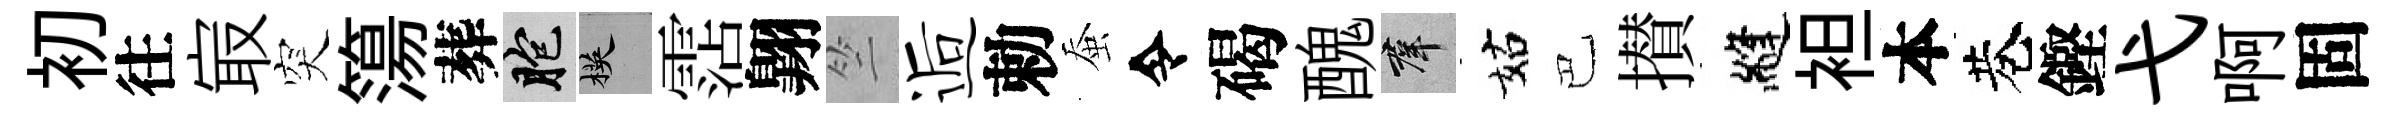
初往㝡突簜葬胞楧霑翺竺逅勅蚕令碣醜群姑巴攅縫袒本巷鏗弋啊固